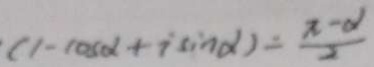
( 1 - \cos \alpha + i \sin \alpha ) = \frac { x - d } { 2 }